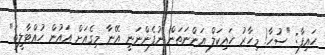
ހައިފާ: "ސުހާ! މިހާރު ހައިކަލް އަންނަތަން ނުފެންނަނީ އޭނާ މިގެއަށް އައުން ހުއްޓާލީތަ"